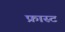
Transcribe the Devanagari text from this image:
फ्रास्ट